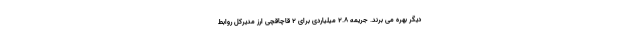
دیگر بهره می برند. جریمه ۲.۸ میلیاردی برای ۲ قاچاقچی ارز مدیرکل روابط